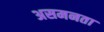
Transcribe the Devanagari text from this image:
असमनता